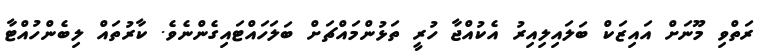
ރަތްވި މޫނަށް އައިޒަކް ބަލައިލިއިރު އެކުއްޖާ ހުރީ ތަޅުންމައްޗަށް ބަލަހައްޓައިގެންނެވެ. ކާރުތައް ލިބެންހުއްޓާ